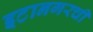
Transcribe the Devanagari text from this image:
इटानगरची